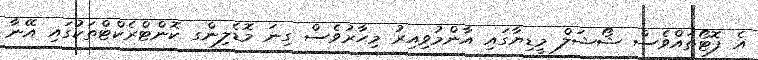
އެ ފޮޓޯތައްވެސް ޝޯޝަލް މީޑިޔާގައި އާންމުވިއިރު މިހާރުވެސް ގިނަ މޮޑެލިންގ ކޮންޓްރެކްޓްތަކުގައި އޭނާ